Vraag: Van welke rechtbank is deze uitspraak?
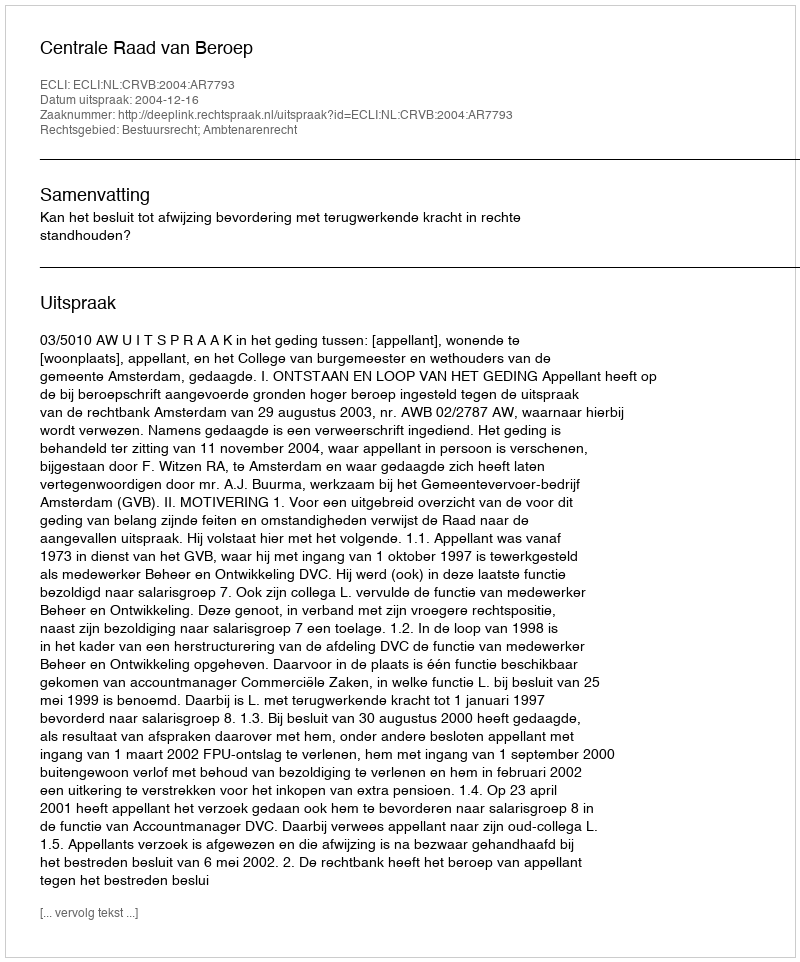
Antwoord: Centrale Raad van Beroep